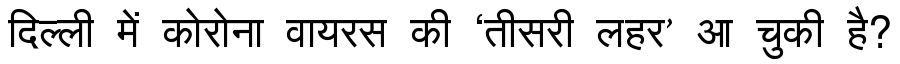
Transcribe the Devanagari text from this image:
दिल्ली में कोरोना वायरस की ‘तीसरी लहर’ आ चुकी है?